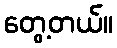
တွေ့တယ်။